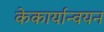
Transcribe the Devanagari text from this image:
केकार्यान्वयन